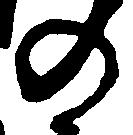
の